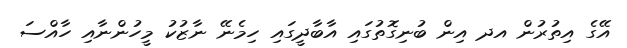
އޭގެ އިތުރުން އދ އިން ބުނިގޮތުގައި އާބާދީގައި ހިމެނޭ ނާޒުކު މީހުންނާއި ހާއްސަ